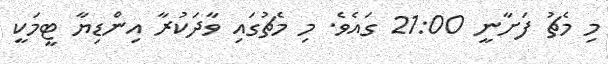
މި މެޗު ފަށާނީ 21:00 ގައެވެ. މި މެޗުގައި ވާދަކުރާ އިންޑިޔާ ޓީމަކީ